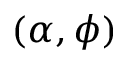
( \alpha , \phi )